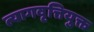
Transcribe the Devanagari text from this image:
त्यागवृत्तियुक्त